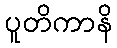
ပူတိကာနိ